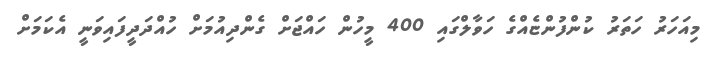
މިއަހަރު ހަތަރު ކުންފުންޏެއްގެ ހަވާލްގައި 400 މީހުން ހައްޖަށް ގެންދިއުމަށް ހުއްދަދީފައިވަނީ އެކަމަށް